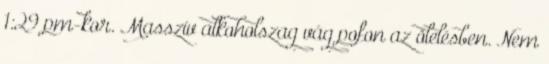
1:29 pm-kor. Masszív alkoholszag vág pofon az ölelésben. Nem